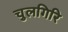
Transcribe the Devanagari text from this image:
चुलगिरि